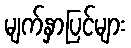
မျက်နှာပြင်များ